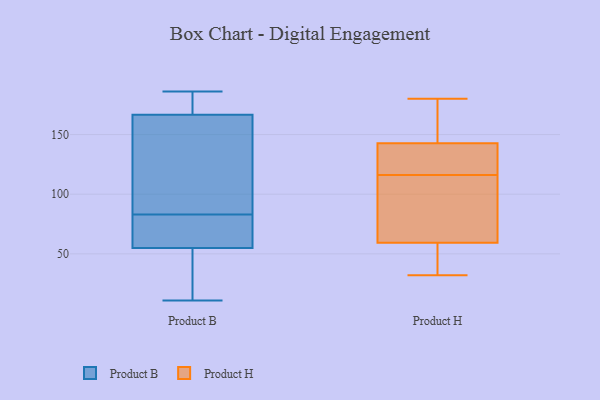
{"axis": {"x": "Temperature (°C)", "y": "Value"}, "legend": ["Product B", "Product H"], "data": [{"x": "", "y": 171, "type": "Product B"}, {"x": "", "y": 173, "type": "Product B"}, {"x": "", "y": 173, "type": "Product B"}, {"x": "", "y": 46, "type": "Product B"}, {"x": "", "y": 63, "type": "Product B"}, {"x": "", "y": 186, "type": "Product B"}, {"x": "", "y": 162, "type": "Product B"}, {"x": "", "y": 21, "type": "Product B"}, {"x": "", "y": 60, "type": "Product B"}, {"x": "", "y": 73, "type": "Product B"}, {"x": "", "y": 157, "type": "Product B"}, {"x": "", "y": 114, "type": "Product B"}, {"x": "", "y": 93, "type": "Product B"}, {"x": "", "y": 70, "type": "Product B"}, {"x": "", "y": 50, "type": "Product B"}, {"x": "", "y": 11, "type": "Product B"}, {"x": "", "y": 44, "type": "Product H"}, {"x": "", "y": 59, "type": "Product H"}, {"x": "", "y": 89, "type": "Product H"}, {"x": "", "y": 162, "type": "Product H"}, {"x": "", "y": 105, "type": "Product H"}, {"x": "", "y": 143, "type": "Product H"}, {"x": "", "y": 156, "type": "Product H"}, {"x": "", "y": 180, "type": "Product H"}, {"x": "", "y": 142, "type": "Product H"}, {"x": "", "y": 140, "type": "Product H"}, {"x": "", "y": 74, "type": "Product H"}, {"x": "", "y": 119, "type": "Product H"}, {"x": "", "y": 162, "type": "Product H"}, {"x": "", "y": 116, "type": "Product H"}, {"x": "", "y": 56, "type": "Product H"}, {"x": "", "y": 130, "type": "Product H"}, {"x": "", "y": 43, "type": "Product H"}, {"x": "", "y": 60, "type": "Product H"}, {"x": "", "y": 32, "type": "Product H"}]}